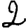
Digit: 2